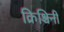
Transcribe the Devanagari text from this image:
क्रिश्चिनी